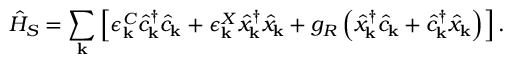
\hat { H } _ { S } = \sum _ { \bf k } \left[ \epsilon _ { { \bf k } } ^ { C } \hat { c } _ { { \bf k } } ^ { \dagger } \hat { c } _ { { \bf k } } + \epsilon _ { { \bf k } } ^ { X } \hat { x } _ { { \bf k } } ^ { \dagger } \hat { x } _ { { \bf k } } + g _ { R } \left( \hat { x } _ { { \bf k } } ^ { \dagger } \hat { c } _ { { \bf k } } + \hat { c } _ { { \bf k } } ^ { \dagger } \hat { x } _ { { \bf k } } \right) \right] .